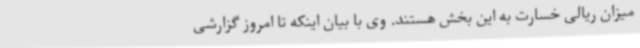
میزان ریالی خسارت به این بخش هستند. وی با بیان اینکه تا امروز گزارشی